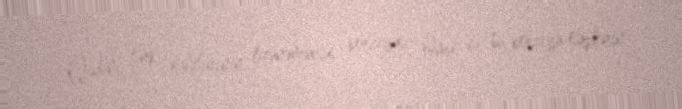
Qədim türk xalqlarının özünəməxsus poeziyası olmuş və bu poeziya türklərin